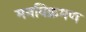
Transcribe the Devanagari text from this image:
मनविक्रमण